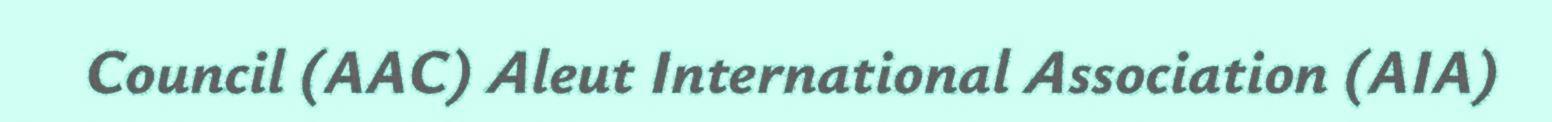
Council (AAC) Aleut International Association (AIA)